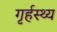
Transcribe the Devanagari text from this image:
गृर्हस्थ्य